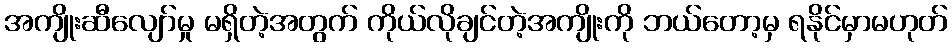
အကျိုးဆီလျော်မှု မရှိတဲ့အတွက် ကိုယ်လိုချင်တဲ့အကျိုးကို ဘယ်တော့မှ ရနိုင်မှာမဟုတ်